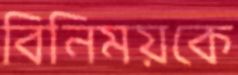
বিনিময়কে